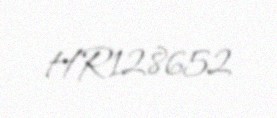
HR128652